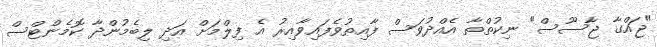
"ޖައްގާ ޖާސޫސް" ނިކުތްތާ އެއްދުވަސް ފާއިތުވެފައިވާއިރު އެ ފިލްމަށް އަދި ލިބެމުންދާ ކޮމެންޓްސް